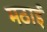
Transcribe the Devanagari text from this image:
मठाई